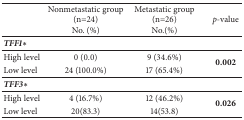
<table><thead><tr><td><b> </b></td><td><b>Nonmetastatic group(n=24)No. (%)</b></td><td><b>Metastatic group(n=26)No.(%)</b></td><td><b><i>p</i>-value</b></td></tr></thead><tbody><tr><td><b><i>TFF1</i></b><i>∗</i></td><td> </td><td> </td><td> </td></tr><tr><td>High level</td><td>0 (0.0)</td><td>9 (34.6%)</td><td rowspan="2"><b>0.002</b></td></tr><tr><td>Low level</td><td>24 (100.0%)</td><td>17 (65.4%)</td></tr><tr><td><b><i>TFF3</i></b><i>∗</i></td><td> </td><td> </td><td> </td></tr><tr><td>High level</td><td>4 (16.7%)</td><td>12 (46.2%)</td><td rowspan="2"><b>0.026</b></td></tr><tr><td>Low level</td><td>20(83.3)</td><td>14(53.8)</td></tr></tbody></table>